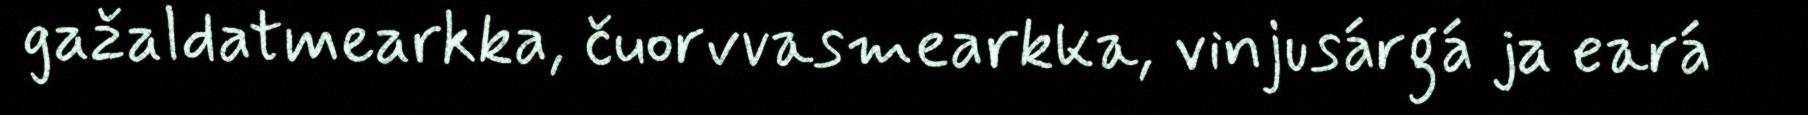
gažaldatmearkka, čuorvvasmearkka, vinjusárgá ja eará